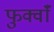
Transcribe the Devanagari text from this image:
फुर्क्वाँ